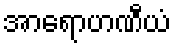
အာရောဟဏီယံ